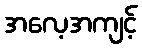
အလေ့အကျင့်